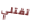
تقتلي